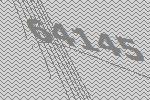
64145